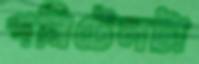
পনিটেলটা